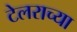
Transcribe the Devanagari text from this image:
टेलराच्या